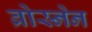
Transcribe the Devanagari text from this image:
ब्रोस्नेन